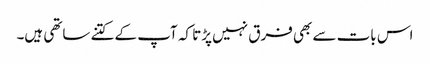
اس بات سے بھی فرق نہیں پڑتا کہ آپ کے کتنے ساتھی ہیں۔